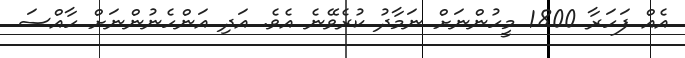
އެއް ފަހަރާ 1800 މީހުންނަށް ނަމާދު ކުރެވޭނެ އެވެ. އަދި އަންހެނުންނަށް ހާއްސަ